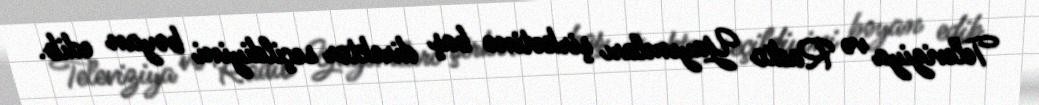
Televiziya və Radio Yayımları şirkətinə baş direktor seçildiyini bəyan edib.